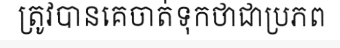
ត្រូវបានគេចាត់ទុកថាជាប្រភព